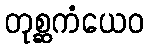
တုစ္ဆကံယေဝ